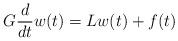
LaTeX: \begin{align*}G \frac{d}{dt} w(t) = L w(t) + f(t)\end{align*}